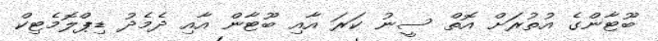
ބޫޓާންގެ އުތުރަށް އޮތް ސީނު ކަރަ އާއި ބޫޓާން އާއި ދެމެދު ޑިޕްލޮމެޓިކް